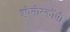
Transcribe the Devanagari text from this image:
क्लोनोस्कॉपी